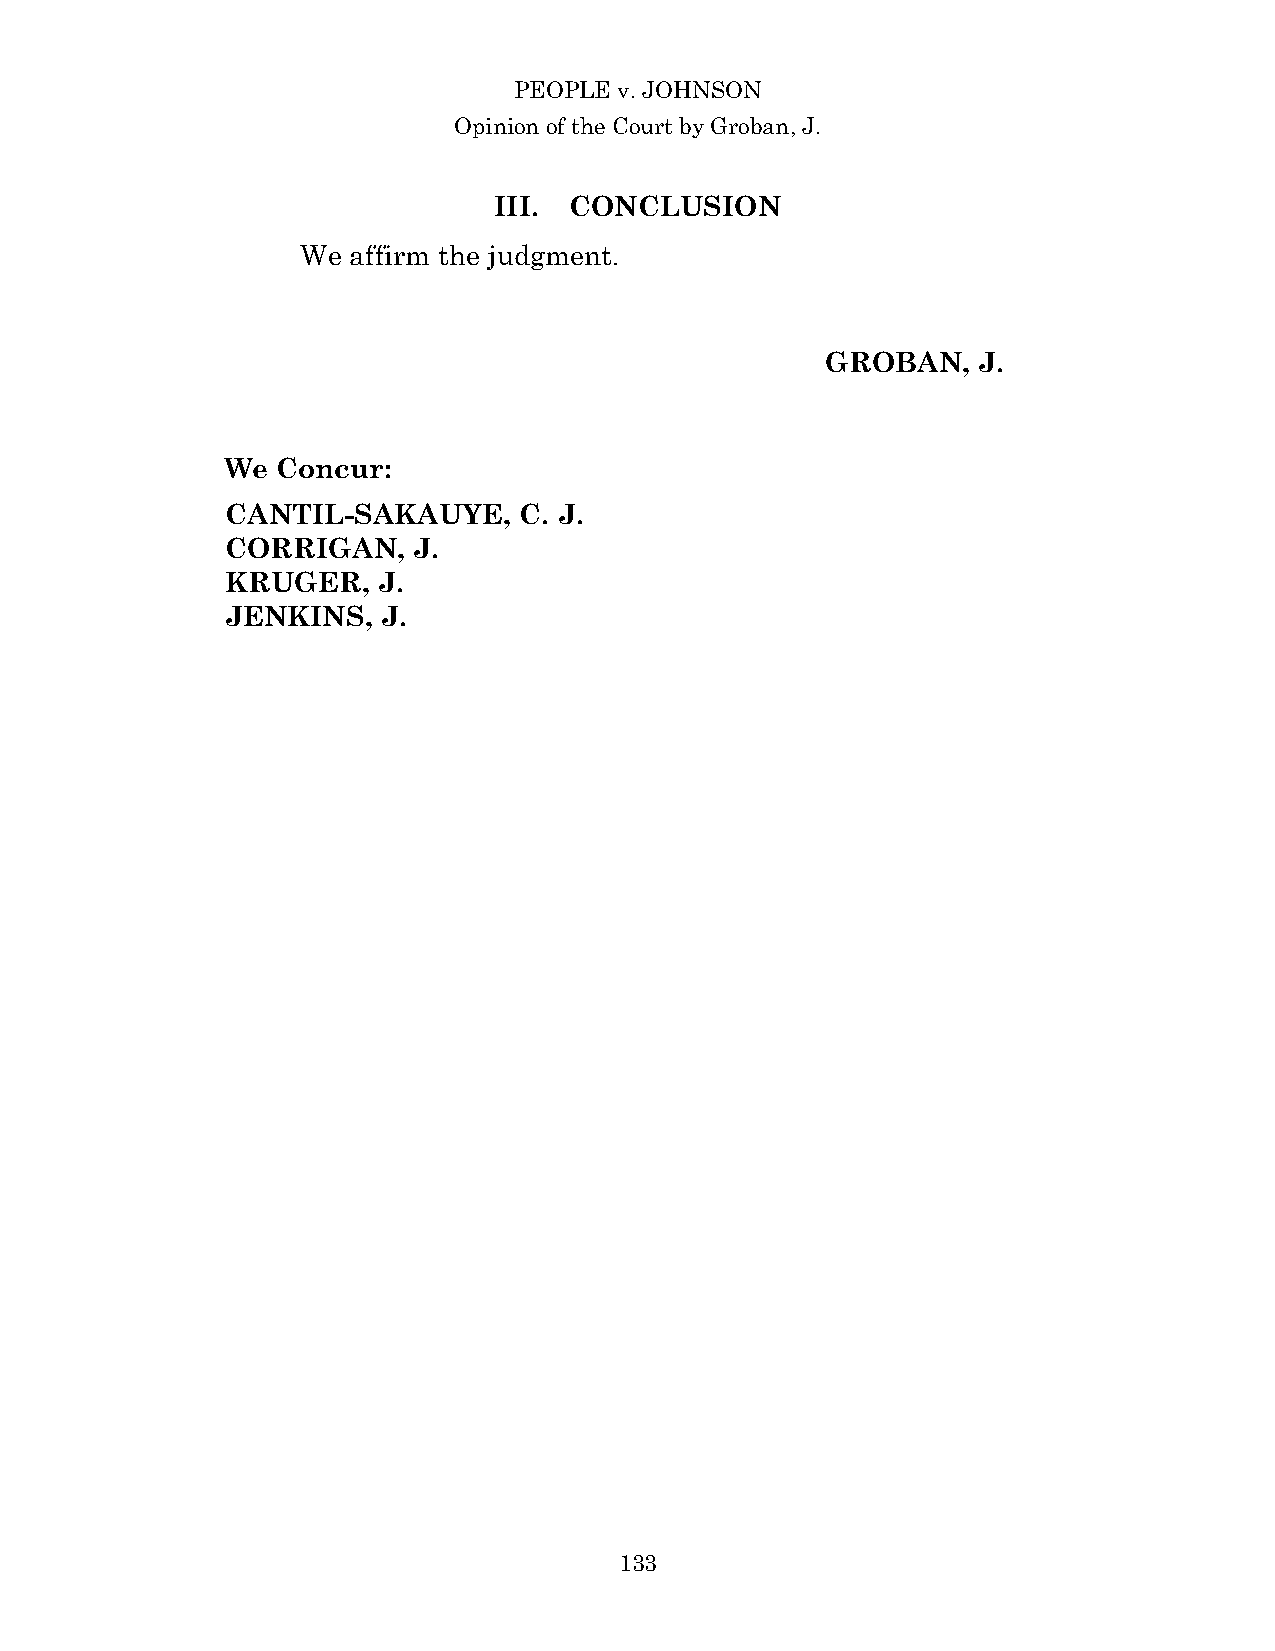
PEOPLE v. JOHNSON
 Opinion of the Court by Groban, J.
 III. CONCLUSION
 We affirm the judgment.
 GROBAN,   J.
 We Concur:
 CANTIL-SAKAUYE,    C. J.
 CORRIGAN,   J.
 KRUGER,   J.
 JENKINS,  J.
 13 3